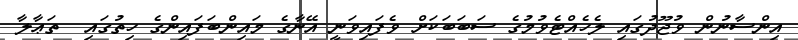
އިންސާނުން ވުޖޫދުގައި ލެހެއްޓެވުމުގެ ސަބަބަކަށް ވެފައިވަނީ އޭނާގެ މައިންބަފައިންގެ ހިތުގައި  ތަޢާލާ